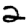
Digit: 2